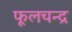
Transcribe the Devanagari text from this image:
फूलचन्द्र